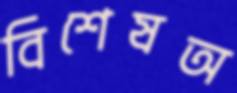
বিশেষঅ